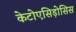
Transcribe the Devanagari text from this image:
केटोएसिड़ोसिस